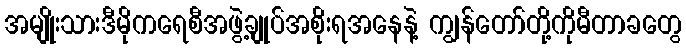
အမျိုးသားဒီမိုကရေစီအဖွဲ့ချုပ်အစိုးရအနေနဲ့ ကျွန်တော်တို့ကိုမီတာခတွေ